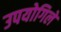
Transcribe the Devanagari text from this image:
उपयोगिले